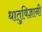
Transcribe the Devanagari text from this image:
धातुविज्ञानी